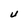
Character: U